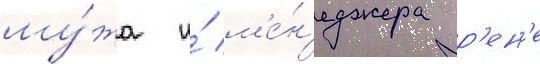
му́жа и́ м'е́н'еджера р'ен'е